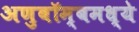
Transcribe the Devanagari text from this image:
अणुबॉम्बमध्ये